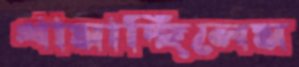
থামাচ্ছিলেম